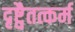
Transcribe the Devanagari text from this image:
दृष्ट्वैतत्कर्म